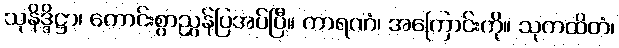
သုနိဒ္ဒိဋ္ဌာ၊ ကောင်းစွာညွှန်ပြအပ်ပြီ။ ကာရဏံ၊ အကြောင်းကို။ သုကထိတံ၊